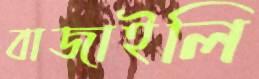
বাজাইলি